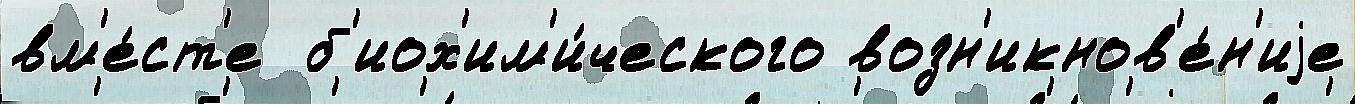
вм'е́ст'е  б'иох'им'и́ческого возн'икнов'е́н'иjе